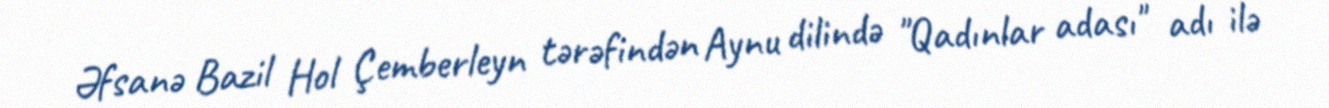
Əfsanə Bazil Hol Çemberleyn tərəfindən Aynu dilində "Qadınlar adası" adı ilə